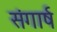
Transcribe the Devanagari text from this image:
संगार्ष